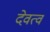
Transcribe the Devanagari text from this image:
देवत्‍व